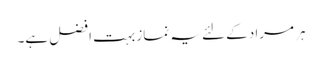
ہر مراد کے لئے یہ نماز بہت افضل ہے۔